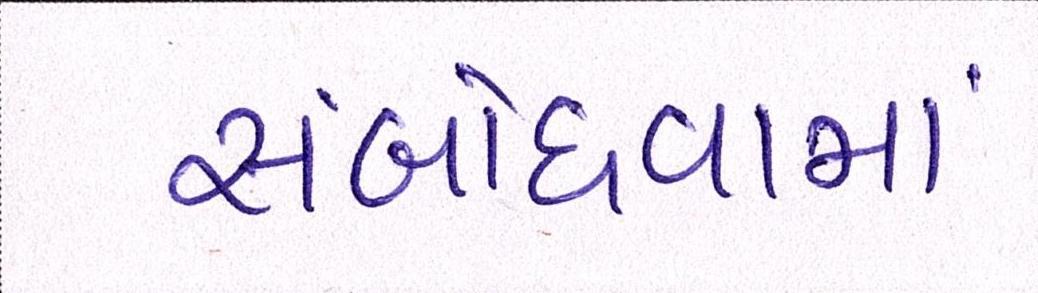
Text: સંબોધવામાં